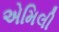
એમિલી